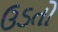
ઉડતો